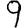
Digit: 9